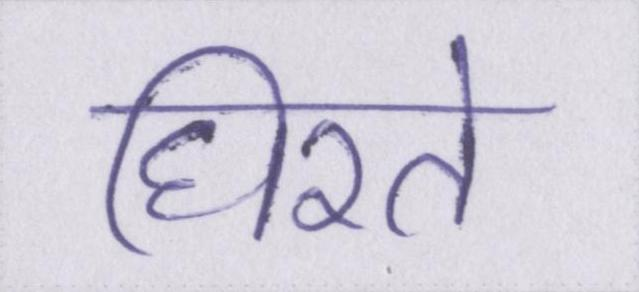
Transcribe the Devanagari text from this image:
घिरते